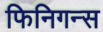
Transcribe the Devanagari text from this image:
फिनिगन्स